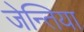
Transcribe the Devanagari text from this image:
जेन्तिया